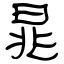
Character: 晁